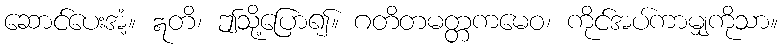
ဆောင်ပေးအံ့။ ဣတိ၊ ဤသို့ပြော၍။ ဂတိတမတ္တကမေဝ၊ ကိုင်အပ်ကာမျှကိုသာ။